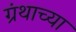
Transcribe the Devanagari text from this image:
ग्रंथाच्‍या